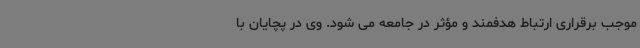
موجب برقراری ارتباط هدفمند و مؤثر در جامعه می شود. وی در پچایان با